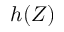
h ( Z )